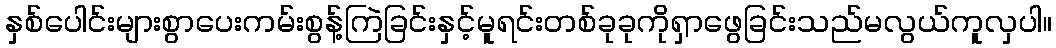
နှစ်ပေါင်းများစွာပေးကမ်းစွန့်ကြဲခြင်းနှင့်မူရင်းတစ်ခုခုကိုရှာဖွေခြင်းသည်မလွယ်ကူလှပါ။